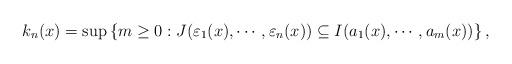
LaTeX: \begin{align*}k_n(x) = \sup\left\{m \geq 0: J(\varepsilon_1(x),\cdots, \varepsilon_n(x)) \subseteq I(a_1(x), \cdots, a_m(x))\right\},\end{align*}